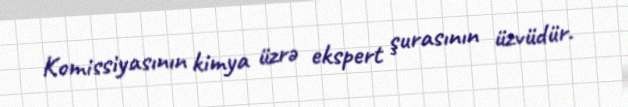
Komissiyasının kimya üzrə ekspert şurasının üzvüdür.